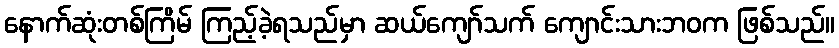
နောက်ဆုံးတစ်ကြိမ် ကြည့်ခဲ့ရသည်မှာ ဆယ်ကျော်သက် ကျောင်းသားဘဝက ဖြစ်သည်။